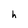
Character: h